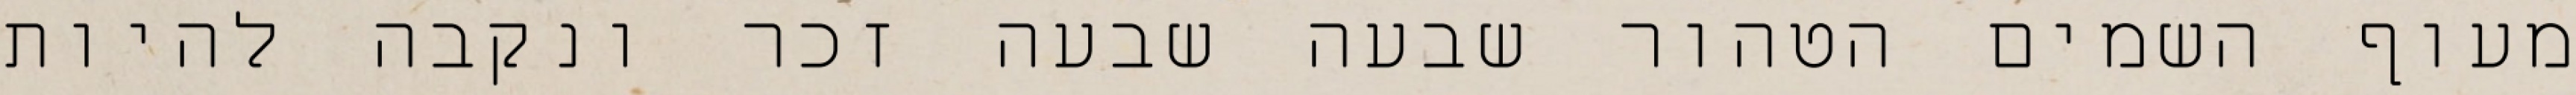
מעוף השמים הטהור שבעה שבעה זכר ונקבה להיות